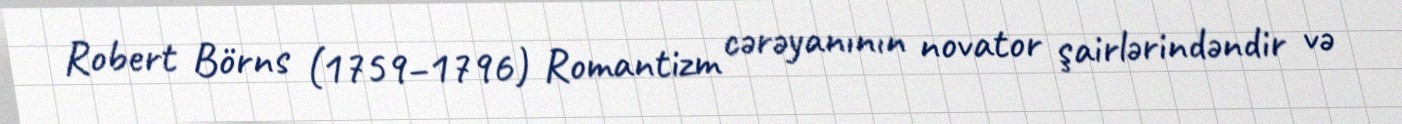
Robert Börns (1759–1796) Romantizm cərəyanının novator şairlərindəndir və